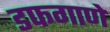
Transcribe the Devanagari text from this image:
डफगाणे